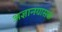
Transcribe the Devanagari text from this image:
अज्ञानग्रासकं